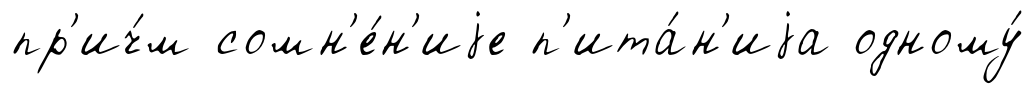
пр'ич́м сомн'е́н'иjе п'ита́н'иjа одному́